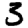
Digit: 3